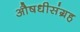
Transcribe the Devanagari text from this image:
औषधीसंग्रह